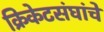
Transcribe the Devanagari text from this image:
क्रिकेटसंघांचे